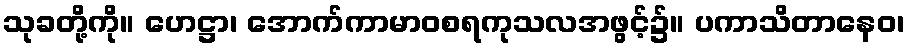
သုခတို့ကို။ ဟေဋ္ဌာ၊ အောက်ကာမာဝစရကုသလအဖွင့်၌။ ပကာသိတာနေဝ၊